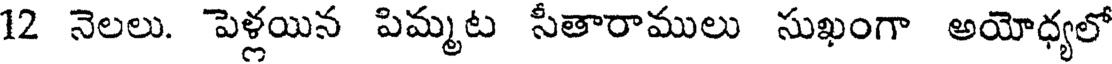
12 నెలలు. పెళ్లయిన పిమ్మట సీతారాములు సుఖంగా అయోధ్యలో